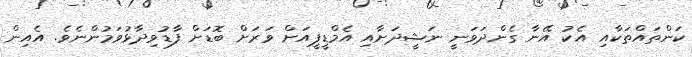
ކަންތައްތަކާއި އެކު އޭނާ ގެންދަވަނީ ނަޝީދަށާއި އެމްޑީޕީއަށް ވަރަށް ބޮޑަށް ފާޑުވިދާޅުވަމުންނެވެ. އެއިން